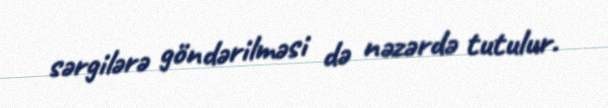
sərgilərə göndərilməsi də nəzərdə tutulur.